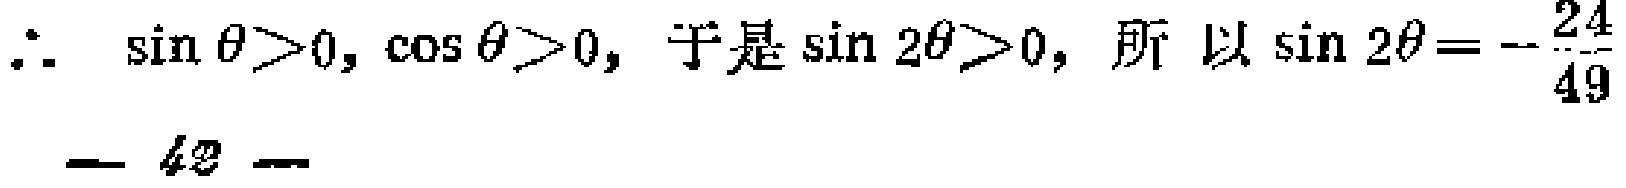
\(\therefore\ \sin\theta>0,\cos\theta > 0,\)于是\(\sin2\theta>0,\)所以\(\sin2\theta =-\frac{24}{49}\)

— 42 —